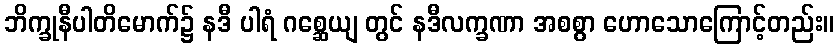
ဘိက္ခုနီပါတိမောက်၌ နဒီ ပါရံ ဂစ္ဆေယျ တွင် နဒီလက္ခဏာ အစစွာ ဟောသောကြောင့်တည်း။